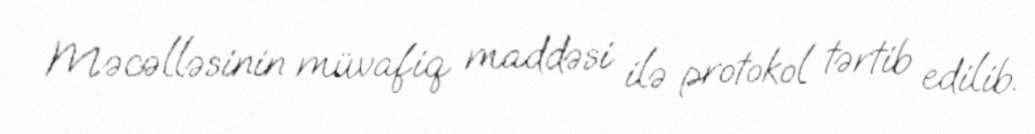
Məcəlləsinin müvafiq maddəsi ilə protokol tərtib edilib.